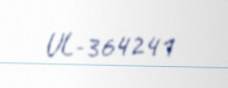
UL-364241